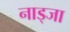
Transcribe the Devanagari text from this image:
नाड्जा